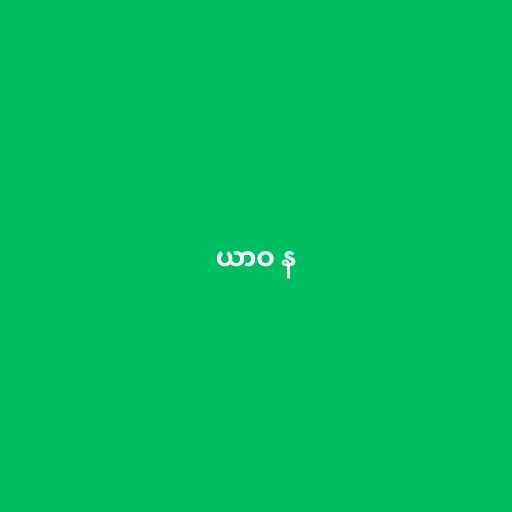
ယာဝ န